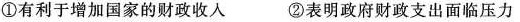
①有利于增加国家的财政收入 ②表明政府财政支出面临压力